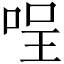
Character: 𠴔